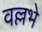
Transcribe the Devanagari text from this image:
वल्लभे